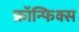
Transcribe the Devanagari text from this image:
फ्रॉन्फिक्स